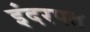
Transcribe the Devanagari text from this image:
इंदरपत